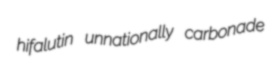
hifalutin unnationally carbonade